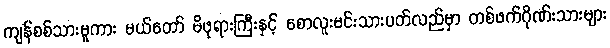
ကျန်စစ်သားမူကား မယ်တော် မိဖုရားကြီးနှင့် စောလူးမင်းသားပတ်လည်မှာ တစ်ဖက်ဂိုဏ်းသားများ